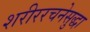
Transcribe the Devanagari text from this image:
शरीररचनेसुद्धा